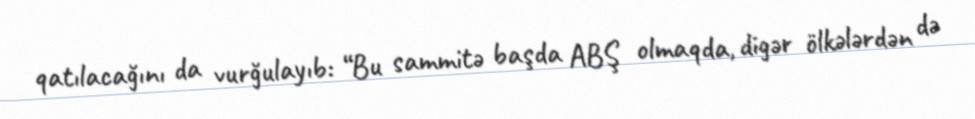
qatılacağını da vurğulayıb: “Bu sammitə başda ABŞ olmaqda, digər ölkələrdən də